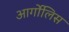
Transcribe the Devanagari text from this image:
आर्गोलिस